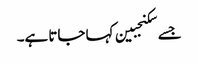
جسے سکنجبین کہا جاتا ہے۔